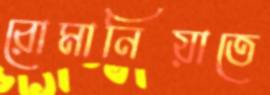
রোমানিয়াতে